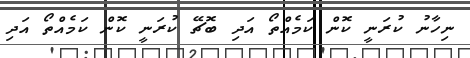
ނިހާނު ކުރަނީ ކޮން ކަމެއްތޯ އަދި ބޮޗޭ ކުރަނީ ކޮން ކަމެއްތޯ އަދި